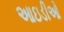
આઇડીઓ